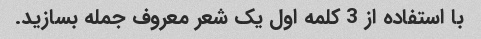
با استفاده از 3 کلمه اول یک شعر معروف جمله بسازید.